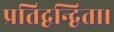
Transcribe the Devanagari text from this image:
प्रतिद्वन्द्विता।